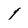
Character: 1